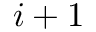
i + 1